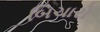
બિચારો